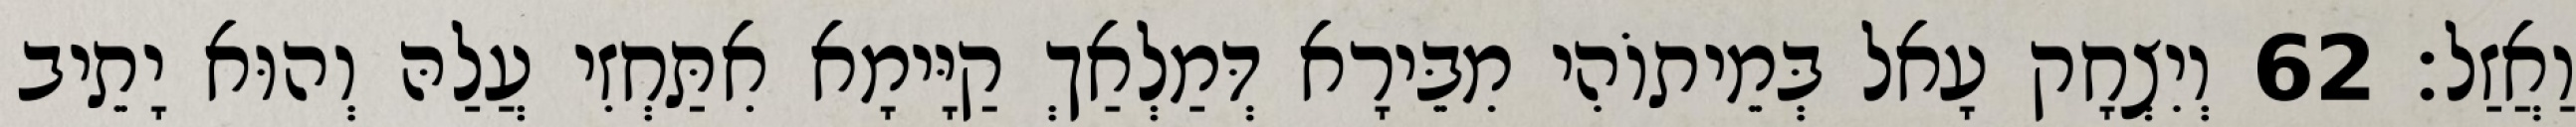
וַאֲזַל׃ 62 וְיִצְחָק עָאל בְּמֵיתוֹהִי מִבֵּירָא דְּמַלְאַךְ קַיָּימָא אִתַּחְזִי עֲלַהּ וְהוּא יָתֵיב